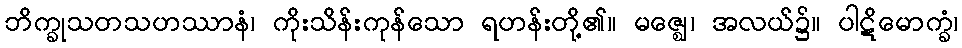
ဘိက္ခုသတသဟဿာနံ၊ ကိုးသိန်းကုန်သော ရဟန်းတို့၏။ မဇ္ဈေ၊ အလယ်၌။ ပါဋိမောက္ခံ၊